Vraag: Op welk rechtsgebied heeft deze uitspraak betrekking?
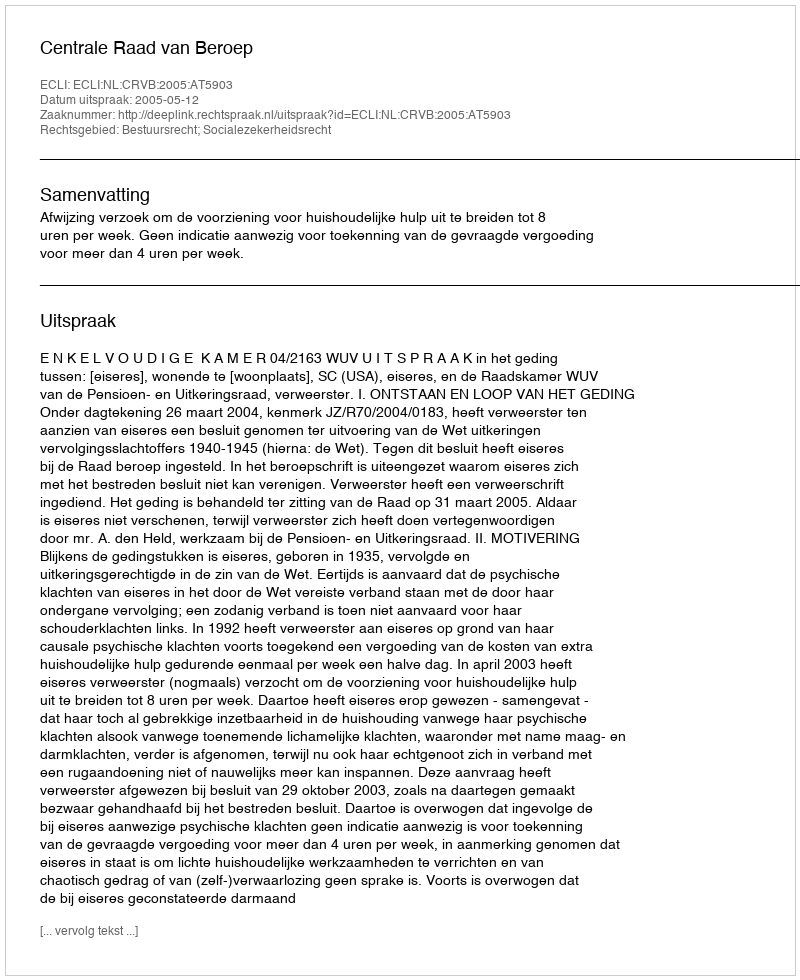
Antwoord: Bestuursrecht; Socialezekerheidsrecht